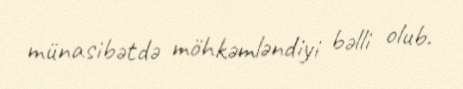
münasibətdə möhkəmləndiyi bəlli olub.